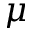
\mu